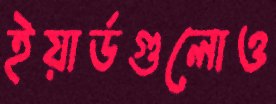
ইয়ার্ডগুলোও